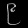
Digit: ၉